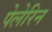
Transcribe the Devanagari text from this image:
पेलेरिन